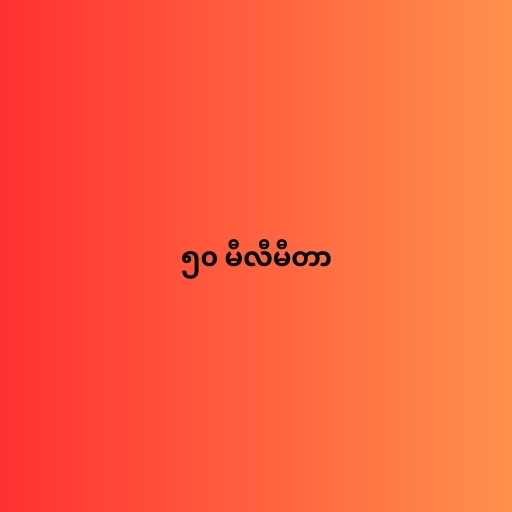
၅၀ မီလီမီတာ